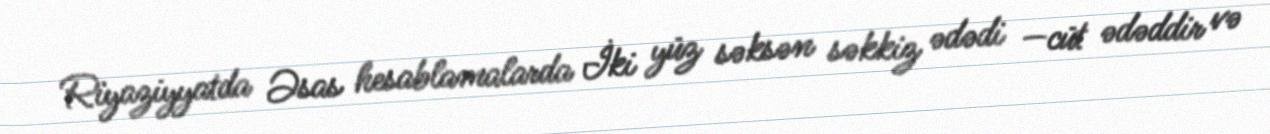
Riyaziyyatda Əsas hesablamalarda İki yüz səksən səkkiz ədədi —cüt ədəddir və